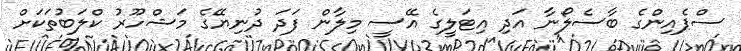
ސްޕެއިންގެ ބާސެލޯނާ އަދި އިޓަލީގެ އޭސީ މިލާން ފަދަ ދުނިޔޭގެ މަޝްހޫރު ކްލަބުތަކަށް